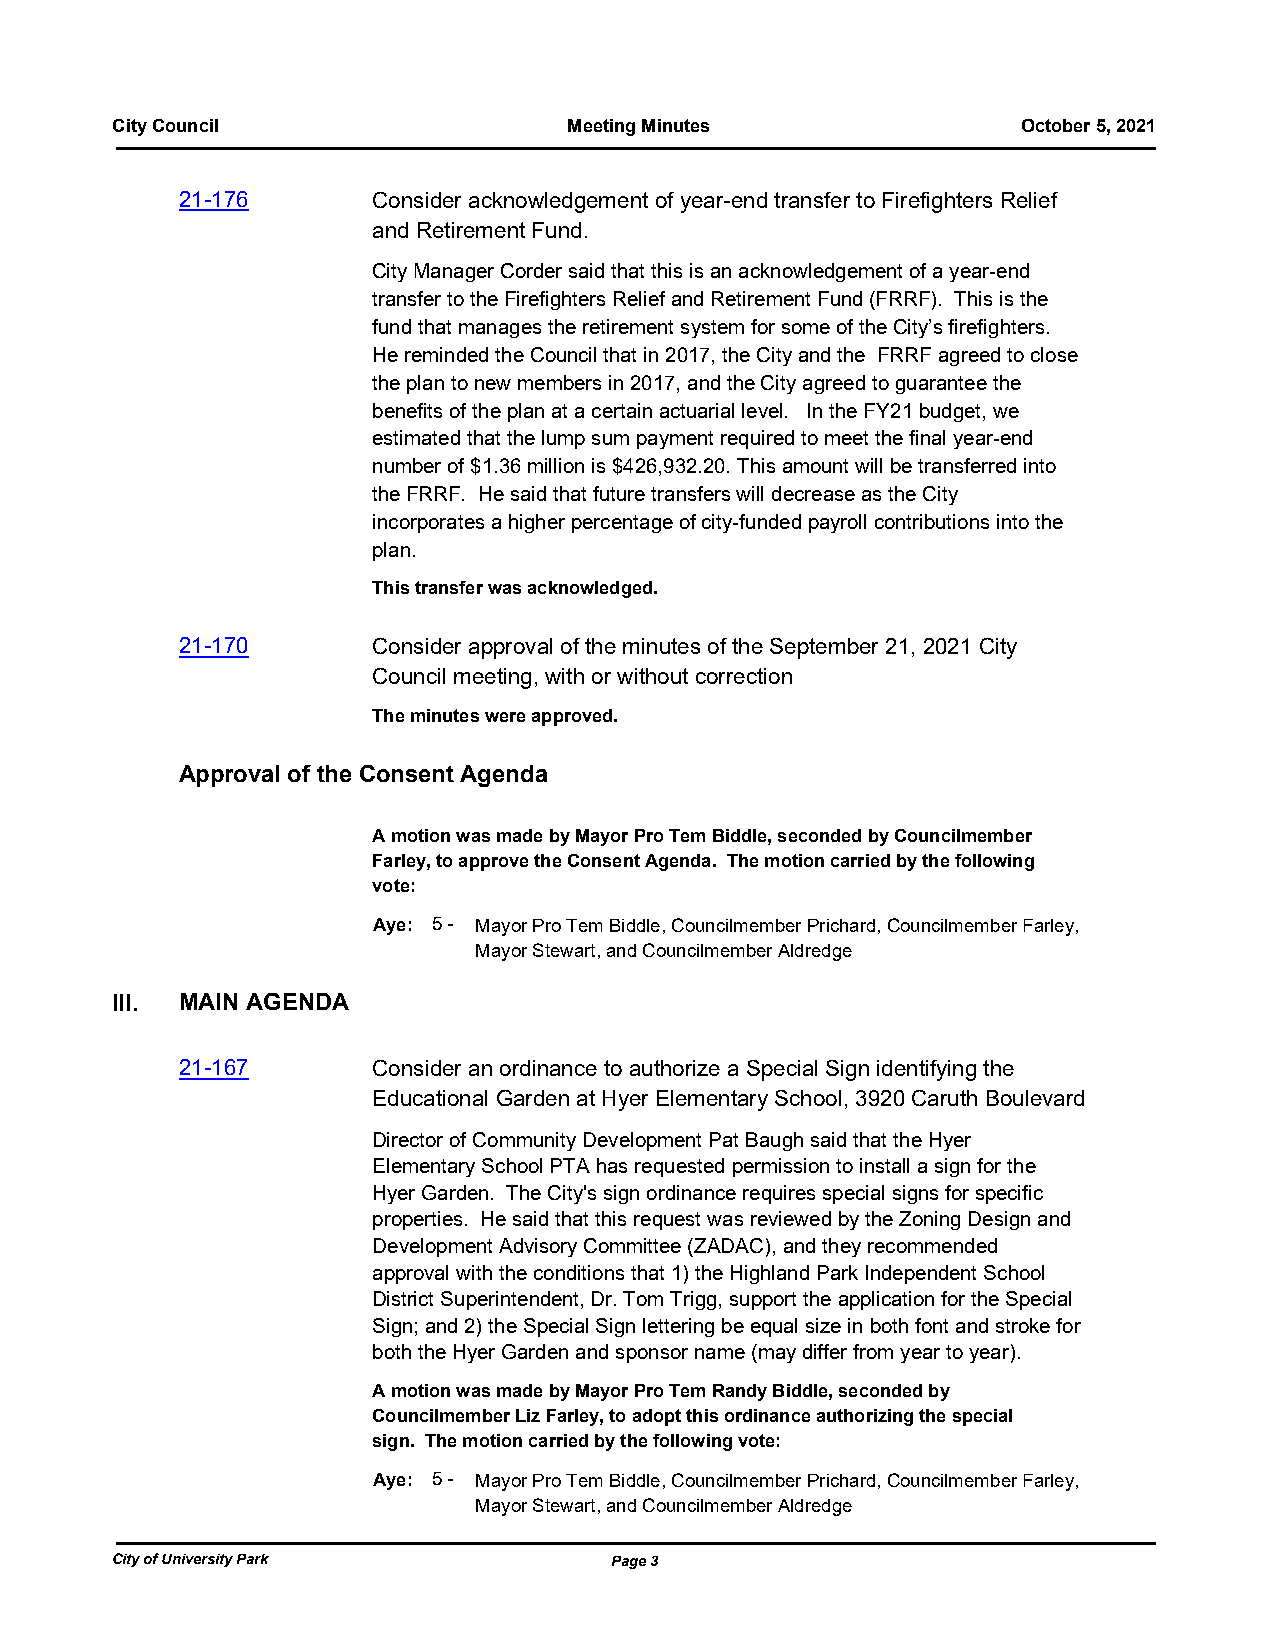
City Council                   Meeting Minutes               October 5, 2021
 21-176       Consider acknowledgement of year-end transfer to Firefighters Relief
 and Retirement Fund.
 City Manager Corder said that this is an acknowledgement of a year-end
 transfer to the Firefighters Relief and Retirement Fund (FRRF). This is the
 fund that manages the retirement system for some of the City’s firefighters.
 He reminded the Council that in 2017, the City and the FRRF agreed to close
 the plan to new members in 2017, and the City agreed to guarantee the
 benefits of the plan at a certain actuarial level. In the FY21 budget, we
 estimated that the lump sum payment required to meet the final year-end
 number of $1.36 million is $426,932.20. This amount will be transferred into
 the FRRF. He said that future transfers will decrease as the City
 incorporates a higher percentage of city-funded payroll contributions into the
 plan.
 This transfer was acknowledged.
 21-170       Consider approval of the minutes of the September 21, 2021 City
 Council meeting, with or without correction
 The minutes were approved.
 Approval of the Consent Agenda
 A motion was made by Mayor Pro Tem Biddle, seconded by Councilmember
 Farley, to approve the Consent Agenda. The motion carried by the following
 vote:
 Aye: 5 - Mayor Pro Tem Biddle, Councilmember Prichard, Councilmember Farley,
 Mayor Stewart, and Councilmember Aldredge
 III. MAIN AGENDA
 21-167       Consider an ordinance to authorize a Special Sign identifying the
 Educational Garden at Hyer Elementary School, 3920 Caruth Boulevard
 Director of Community Development Pat Baugh said that the Hyer
 Elementary School PTA has requested permission to install a sign for the
 Hyer Garden. The City's sign ordinance requires special signs for specific
 properties. He said that this request was reviewed by the Zoning Design and
 Development Advisory Committee (ZADAC), and they recommended
 approval with the conditions that 1) the Highland Park Independent School
 District Superintendent, Dr. Tom Trigg, support the application for the Special
 Sign; and 2) the Special Sign lettering be equal size in both font and stroke for
 both the Hyer Garden and sponsor name (may differ from year to year).
 A motion was made by Mayor Pro Tem Randy Biddle, seconded by
 Councilmember Liz Farley, to adopt this ordinance authorizing the special
 sign. The motion carried by the following vote:
 Aye: 5 - Mayor Pro Tem Biddle, Councilmember Prichard, Councilmember Farley,
 Mayor Stewart, and Councilmember Aldredge
 City of University Park          Page 3